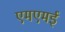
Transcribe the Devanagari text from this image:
एमएमई